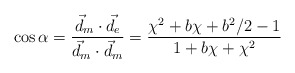
\begin{align*}\cos \alpha = \frac{\vec{d}_m \cdot \vec{d}_e}{\vec{d}_m \cdot \vec{d}_m}= \frac{ \chi^2 + b \chi + b^2 /2 -1 }{1 + b \chi + \chi^2 }\end{align*}